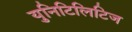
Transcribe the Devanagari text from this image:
युनिटिलिटिज